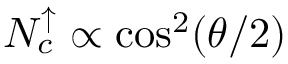
\ensuremath { N _ { c } ^ { \uparrow } } \propto \cos ^ { 2 } ( \theta / 2 )